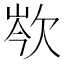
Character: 𣢽